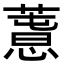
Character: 𢡳